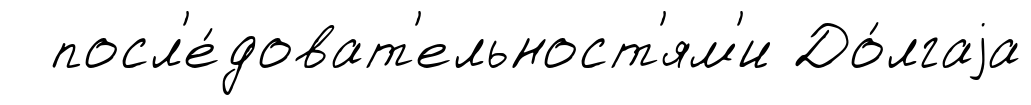
посл'е́доват'ельност'ям'и До́лгаjа